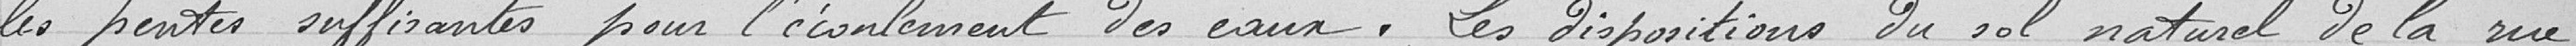
Les pente suffisante pour l'écoulement des eaux. Les dispositions du sol naturel de la rue,